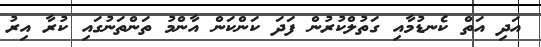
އަދި އަތް ކެނޑުމާއި ގަތުލްކުރުން ފަދަ ކަންކަން އާންމު ތަންތަނުގައި ކުރާ އިރު